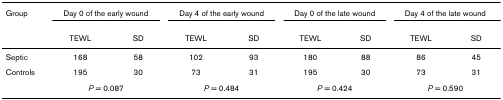
| Group | <COLSPAN=2> Day 0 of the early wound | <COLSPAN=2> Day 4 of the early wound | <COLSPAN=2> Day 0 of the late wound | <COLSPAN=2> Day 4 of the late wound |
 |  | TEWL | SD | TEWL | SD | TEWL | SD | TEWL | SD |
 | --- | --- | --- | --- | --- | --- | --- | --- | --- |
 | Septic | 168 | 58 | 102 | 93 | 180 | 88 | 86 | 45 |
 | Controls | 195 | 30 | 73 | 31 | 195 | 30 | 73 | 31 |
 |  | <COLSPAN=2> P = 0.087 | <COLSPAN=2> P = 0.484 | <COLSPAN=2> P = 0.424 | <COLSPAN=2> P = 0.590 |